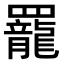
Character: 𫅍